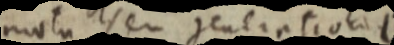
motu seu generatio _